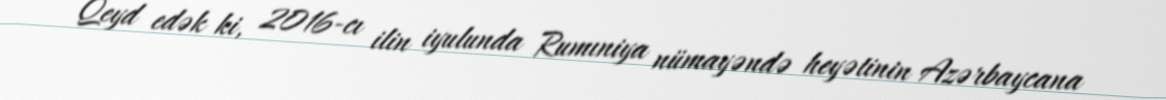
Qeyd edək ki, 2016-cı ilin iyulunda Rumıniya nümayəndə heyətinin Azərbaycana